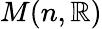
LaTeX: M(n,\mathbb{R})